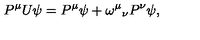
P ^ { \mu } U \psi = P ^ { \mu } \psi + \omega ^ { \mu } { } _ { \nu } P ^ { \nu } \psi ,